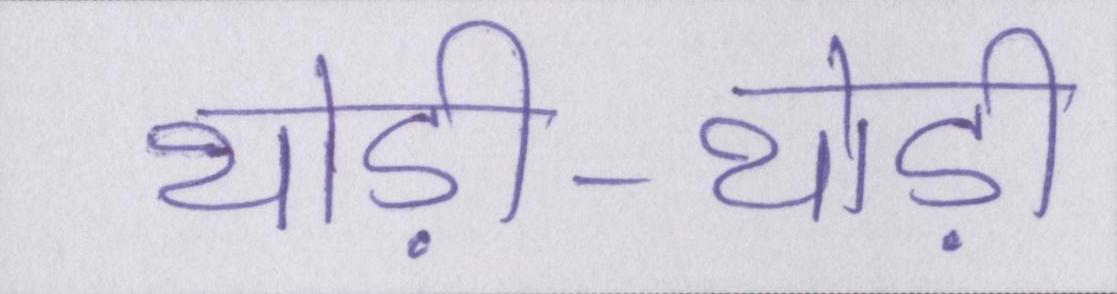
थोड़ी-थोड़ी